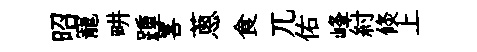
昭寵畊踵畧蔥食兀佑峰紂倐上